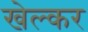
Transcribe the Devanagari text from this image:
खेल्कर